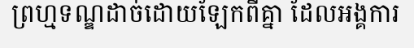
ព្រហ្មទណ្ឌដាច់ដោយឡែកពីគ្នា ដែលអង្គការ